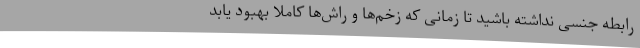
رابطه جنسی نداشته باشید تا زمانی که زخم‌ها و راش‌ها کاملاً بهبود یابد